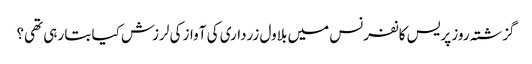
گزشتہ روز پریس کانفرنس میں بلاول زرداری کی آواز کی لرزش کیا بتا رہی تھی؟